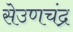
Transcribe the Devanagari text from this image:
सेउणचंद्र